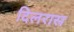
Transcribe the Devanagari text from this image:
दिलरास